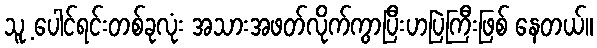
သူ့ ပေါင်ရင်းတစ်ခုလုံး အသားအဖတ်လိုက်ကွာပြီးဟပြဲကြီးဖြစ် နေတယ်။